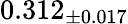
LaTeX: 0.312_{\pm 0.017}